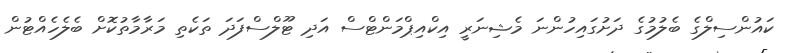
ކައުންސިލްގެ ބެލުމުގެ ދަށުގައިހުންނަ މެޝިނަރީ އިކްއިޕްމަންޓްސް އަދި ޓޫލްސްފަދަ ތަކެތި މަރާމާތުކޮށް ބެލެހެއްޓުން